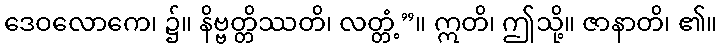
ဒေဝလောကေ၊ ၌။ နိဗ္ဗတ္တိဿတိ၊ လတ္တံ့”။ ဣတိ၊ ဤသို့။ ဇာနာတိ၊ ၏။